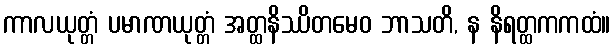
ကာလယုတ္တံ ပမာဏယုတ္တံ အတ္ထနိဿိတမေဝ ဘာသတိ, န နိရတ္ထကကထံ။